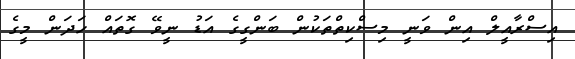
އިސްރާއީލް އިން ވަނީ މިސްކިތްތަކުން ބަންގީގެ އަޑު ނީވޭ ގޮތައް ހަދަން މީގެ